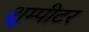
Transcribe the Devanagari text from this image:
शुम्पीटर